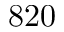
8 2 0